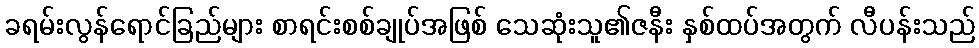
ခရမ်းလွန်ရောင်ခြည်များ စာရင်းစစ်ချုပ်အဖြစ် သေဆုံးသူ၏ဇနီး နှစ်ထပ်အတွက် လီပန်းသည်